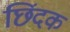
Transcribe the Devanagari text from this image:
छिंदक